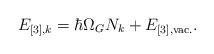
LaTeX: \begin{align*}E_{[3],k} = \hbar \Omega_{G} N_k + E_{[3], {\rm vac.}}.\end{align*}